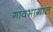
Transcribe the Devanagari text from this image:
गावभागात